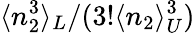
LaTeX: \langle n_{2}^{3}\rangle_{L}/(3!\langle n_{2}\rangle_{U}^{3})